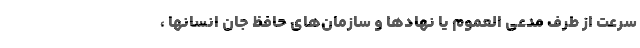
سرعت از طرف مدعی العموم یا نهادها و سازمان‌های حافظ جان انسانها ،